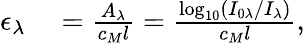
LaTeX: \begin{array}{rl}{\epsilon_{\lambda}}&{{}=\frac{A_{\lambda}}{c_{M}l}=\frac{\log_{10}\left(I_{0\lambda}/I_{\lambda}\right)}{c_{M}l},}\end{array}